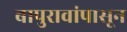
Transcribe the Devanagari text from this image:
बापुरावांपासून